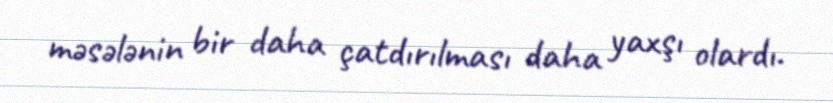
məsələnin bir daha çatdırılması daha yaxşı olardı.